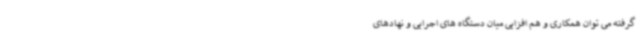
گرفته می توان همکاری و هم افزایی میان دستگاه های اجرایی و نهادهای